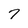
Character: 7